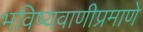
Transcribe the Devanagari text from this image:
भविष्यवाणीप्रमाणे